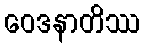
ဝေဒနာတိဿ